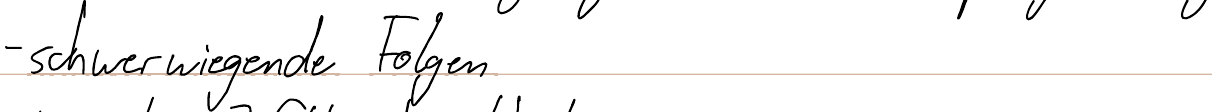
- schwerwiegende Folgen